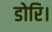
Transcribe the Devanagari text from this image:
डोरि।